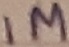
Text: 1M